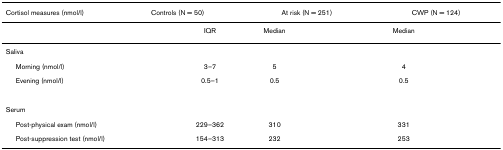
<table><thead><tr><td><b>Cortisol measures (nmol/l)</b></td><td colspan="2"><b>Controls (N = 50)</b></td><td colspan="2"><b>At risk (N = 251)</b></td><td colspan="2"><b>CWP (N = 124)</b></td></tr></thead><tbody><tr><td>[EMPTY_CELL]</td><td>[EMPTY_CELL]</td><td>IQR</td><td>Median</td><td>[EMPTY_CELL]</td><td>Median</td><td>[EMPTY_CELL]</td></tr><tr><td>Saliva</td><td>[EMPTY_CELL]</td><td>[EMPTY_CELL]</td><td>[EMPTY_CELL]</td><td>[EMPTY_CELL]</td><td>[EMPTY_CELL]</td><td>[EMPTY_CELL]</td></tr><tr><td> Morning (nmol/l)</td><td>[EMPTY_CELL]</td><td>3–7</td><td>5</td><td>[EMPTY_CELL]</td><td>4</td><td>[EMPTY_CELL]</td></tr><tr><td> Evening (nmol/l)</td><td>[EMPTY_CELL]</td><td>0.5–1</td><td>0.5</td><td>[EMPTY_CELL]</td><td>0.5</td><td>[EMPTY_CELL]</td></tr><tr><td>Serum</td><td>[EMPTY_CELL]</td><td>[EMPTY_CELL]</td><td>[EMPTY_CELL]</td><td>[EMPTY_CELL]</td><td>[EMPTY_CELL]</td><td>[EMPTY_CELL]</td></tr><tr><td> Post-physical exam (nmol/l)</td><td>[EMPTY_CELL]</td><td>229–362</td><td>310</td><td>[EMPTY_CELL]</td><td>331</td><td>[EMPTY_CELL]</td></tr><tr><td> Post-suppression test (nmol/l)</td><td>[EMPTY_CELL]</td><td>154–313</td><td>232</td><td>[EMPTY_CELL]</td><td>253</td><td>[EMPTY_CELL]</td></tr></tbody></table>